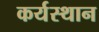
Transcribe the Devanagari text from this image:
कर्यस्थान